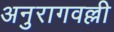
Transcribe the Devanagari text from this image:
अनुरागवल्ली